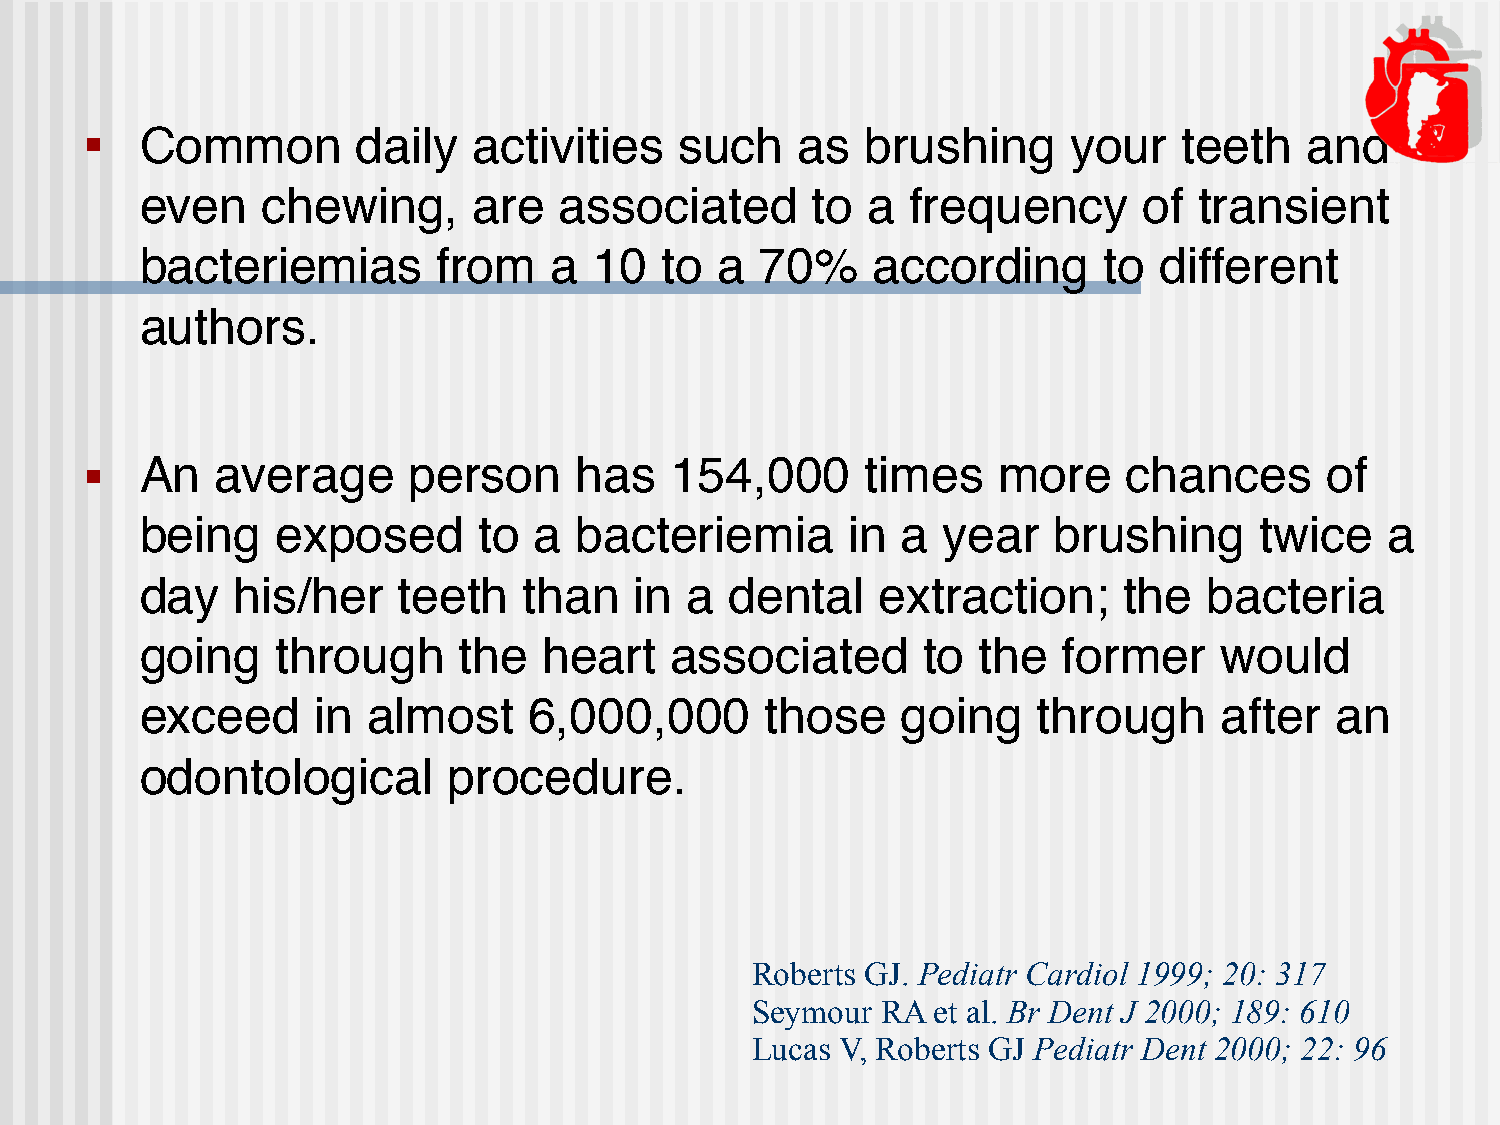
■  Common         daily  activities    such    as  brushing      your   teeth    and
 even    chewing,      are   associated       to a  frequency       of transient
 bacteriemias        from   a  10   to  a 70%     according      to  different
 authors.
 ■  An   average      person     has   154,000      times    more     chances      of
 being    exposed       to a  bacteriemia       in  a year    brushing     twice    a
 day   his/her    teeth    than   in a  dental    extraction;     the   bacteria
 going    through     the   heart   associated       to  the  former     would
 exceed      in almost     6,000,000       those    going    through     after  an
 odontological        procedure.
 Roberts GJ. Pediatr Cardiol 1999; 20: 317
 Seymour RA  et al. Br Dent J 2000; 189: 610
 Lucas V, Roberts GJ Pediatr Dent 2000; 22: 96